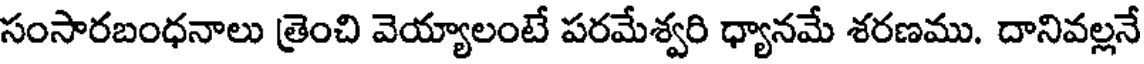
సంసారబంధనాలు త్రెంచి వెయ్యాలంటే పరమేశ్వరి ధ్యానమే శరణము. దానివల్లనే